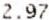
2.97